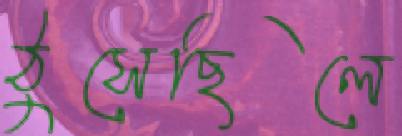
ঠুসেছিলে